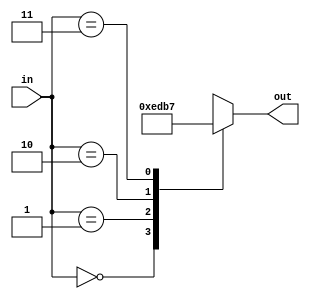
module seven_seg_select_digit_5 (
    input [1:0] in,
    output reg [3:0] out
  );
  
  
  
  always @* begin
    out = 4'hf;
    
    case (in)
      2'h0: begin
        out = 4'he;
      end
      2'h1: begin
        out = 4'hd;
      end
      2'h2: begin
        out = 4'hb;
      end
      2'h3: begin
        out = 4'h7;
      end
      default: begin
        out = 4'hf;
      end
    endcase
  end
endmodule